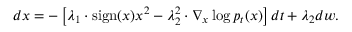
\begin{array} { r } { d x = - \left[ \lambda _ { 1 } \cdot \mathrm { s i g n } ( x ) x ^ { 2 } - \lambda _ { 2 } ^ { 2 } \cdot \nabla _ { x } \log p _ { t } ( x ) \right] d t + \lambda _ { 2 } d w . } \end{array}